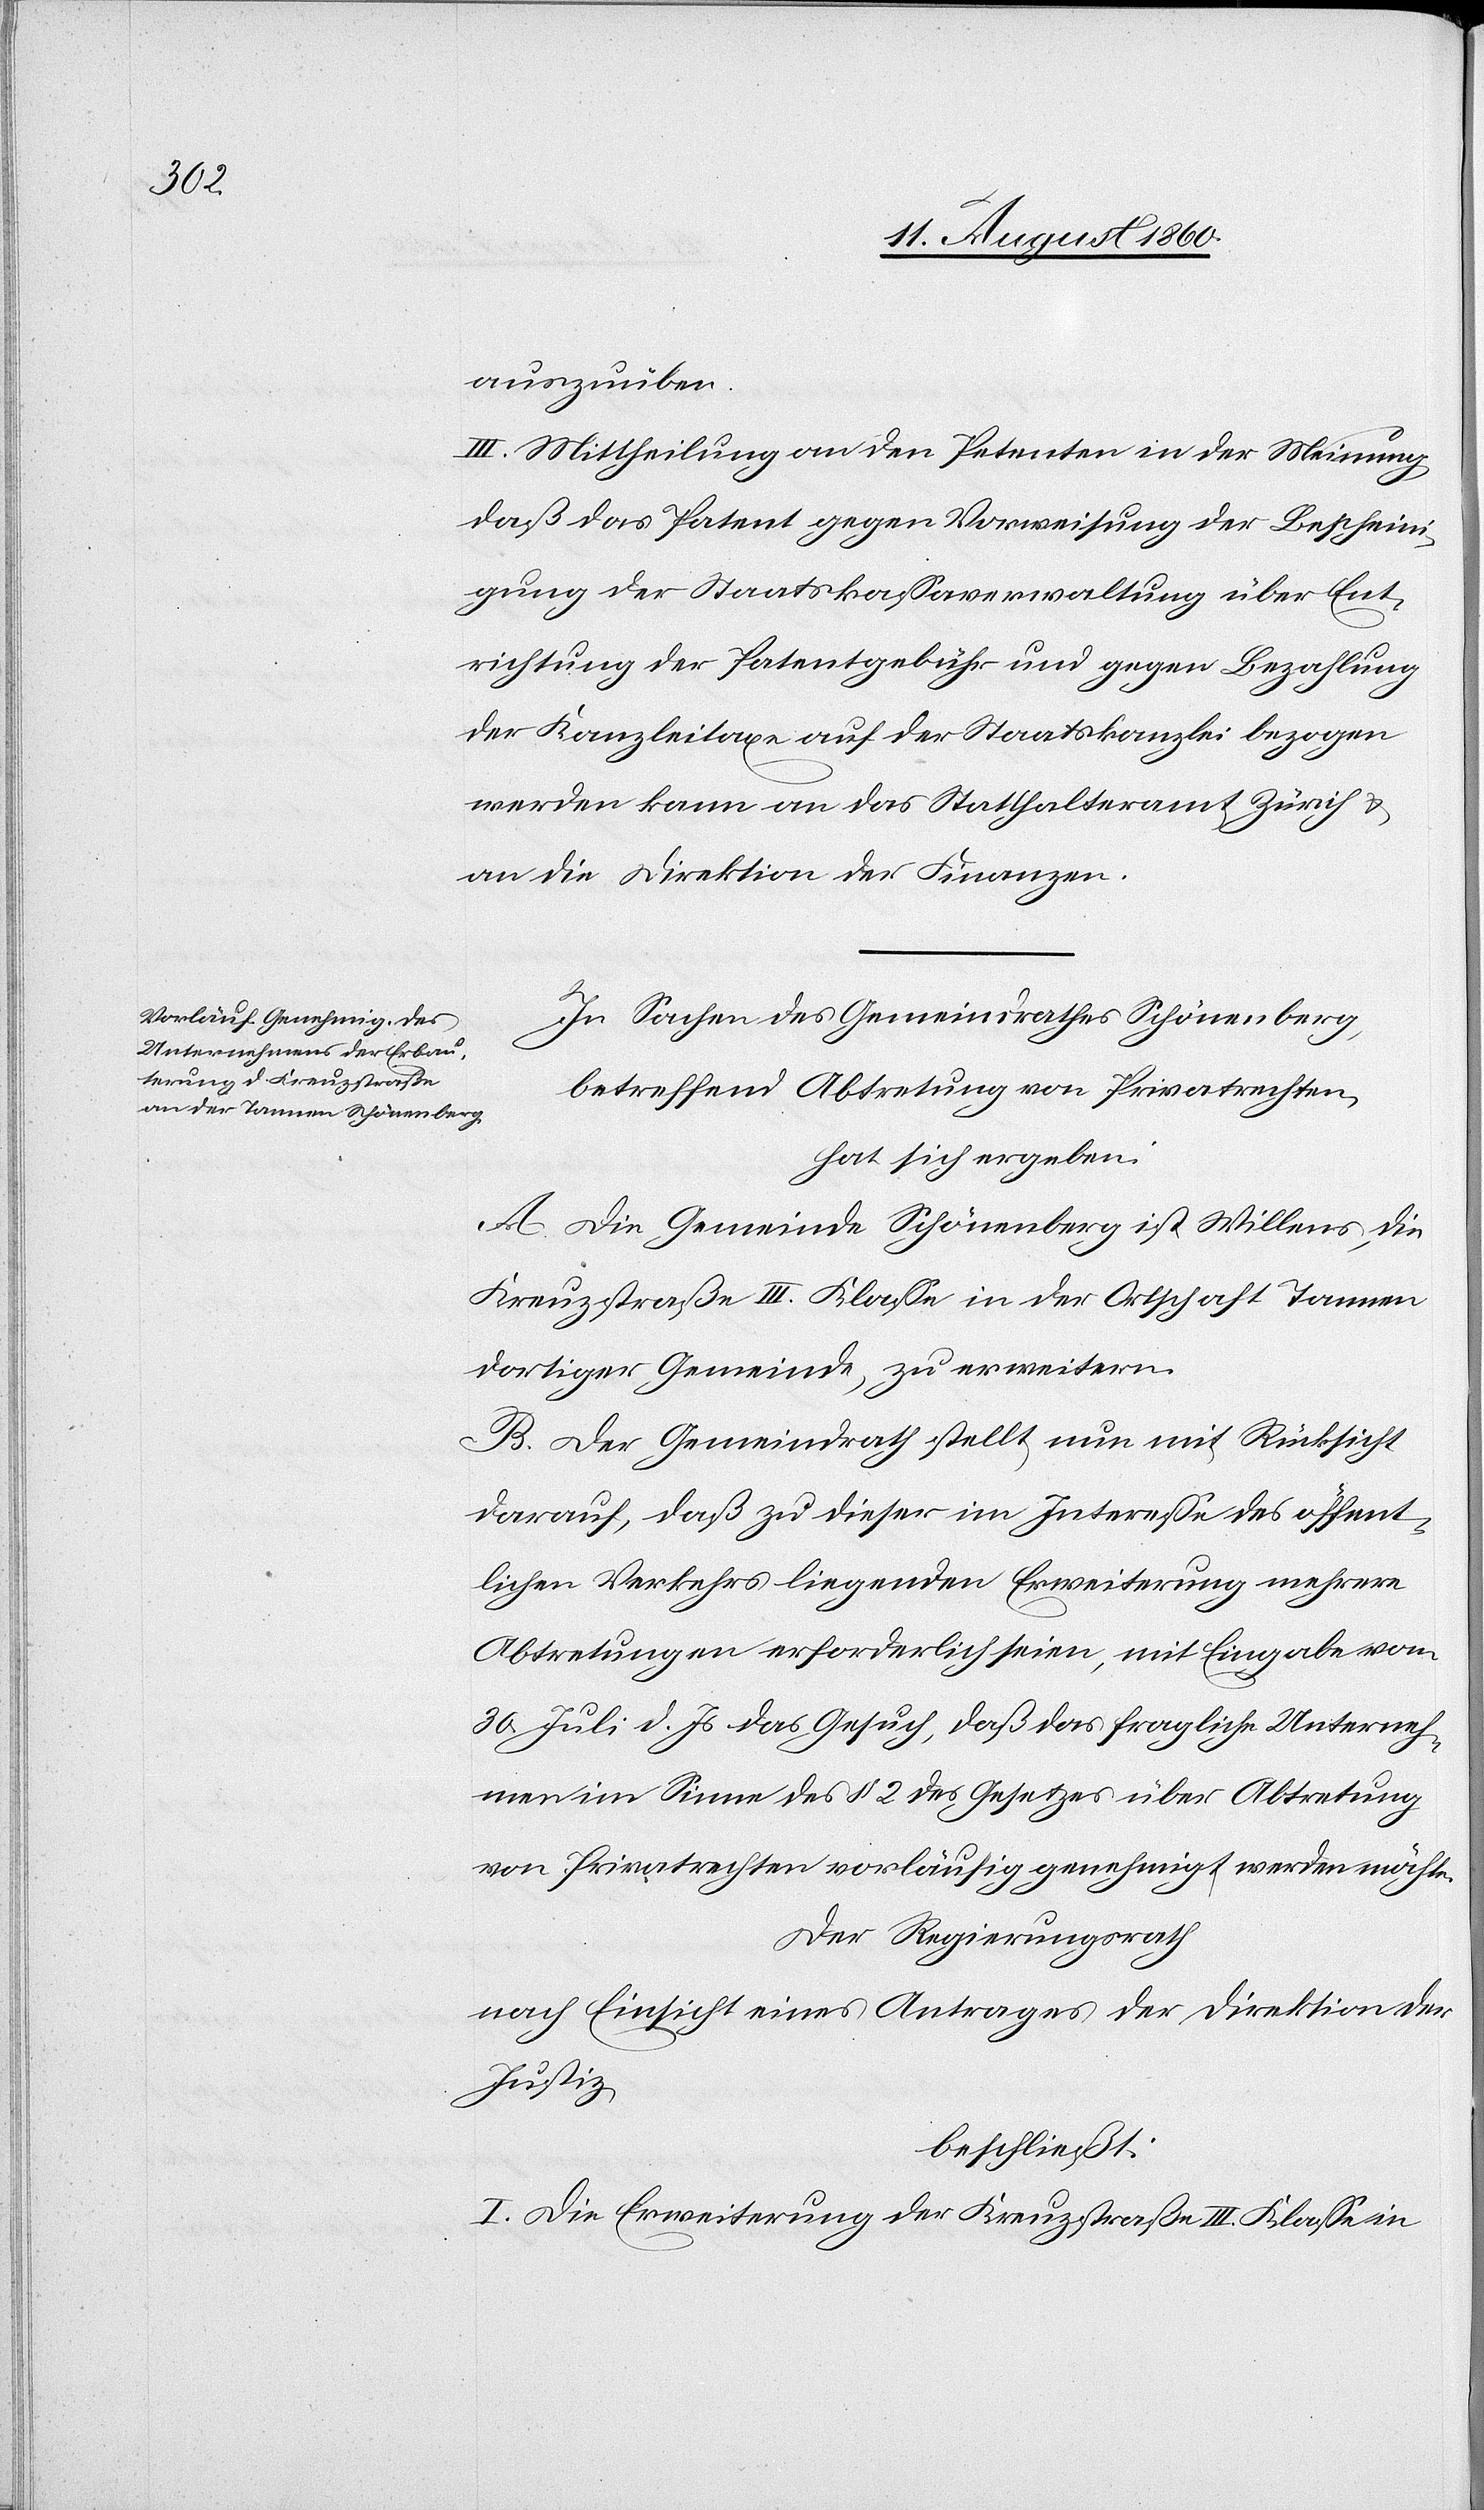
auszuüben.
III. Mittheilung an den Petenten, in der Meinung,
dass das Patent gegen Vorweisung der Bescheini¬
gung der Staatskassaverwaltung über Ent¬
richtung der Patentgebühr und gegen Bezahlung
der Kanzleitaxe auf der Staatskanzlei bezogen
werden kann, an das Statthalteramt Zürich und
an die Direktion der Finanzen.
In Sachen des Gemeindrathes Schönenberg,
betreffend Abtretung von Privatrechten
hat sich ergeben.
A. Die Gemeinde Schönenberg ist Willens, die
Kreuzstrasse III. Classe in der Ortschaft Tannen,
dortiger Gemeinde zu erweitern.
B. Der Gemeindrath stellt nun mit Rücksicht
darauf, dass zu dieser im Interesse des öffent¬
lichen Verkehrs liegenden Erweiterung mehrere
Abtretungen erforderlich seien, mit Eingabe vom
30. Juli d. Js. das Gesuch, dass das fragliche Unterneh¬
men im Sinne des §. 2 des Gesetzes über Abtretung
von Privatrechten vorläufig genehmigt werden möchte.
Der Regierungsrath,
nach Einsicht eines Antrages der Direktion der
Justiz,
beschliesst:
I. Die Erweiterung der Kreuzstrasse III. Classe in